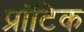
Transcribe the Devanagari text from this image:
प्रॉटिक